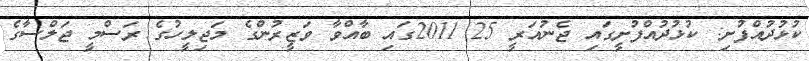
ކުޅުދުއްފުށި: ކުޅުދުއްފުށީގައި ޖެނުއަރީ 25 2011ގައި ބާއްވާ ވަޒީރުންގެ މަޖިލީހުގެ ރަސްމީ ޖަލްސާގެ